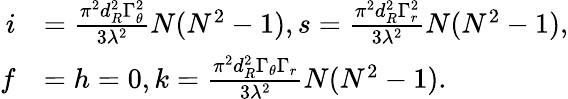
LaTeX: \begin{array}{rl}{i}&{=\frac{{{\pi^{2}}d_{R}^{2}\Gamma_{\theta}^{2}}}{{3{\lambda^{2}}}}N({N^{2}}-1),s=\frac{{{\pi^{2}}d_{R}^{2}\Gamma_{r}^{2}}}{{3{\lambda^{2}}}}N({N^{2}}-1),}\\ {f}&{=h=0,k=\frac{{{\pi^{2}}d_{R}^{2}{\Gamma_{\theta}}{\Gamma_{r}}}}{{3{\lambda^{2}}}}N({N^{2}}-1).}\end{array}